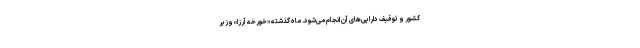
کشور و توقیف دارایی‌های آن انجام می‌شود. ماه گذشته «خورخه آرزا» وزیر